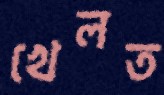
খেলত